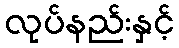
လုပ်နည်းနှင့်